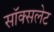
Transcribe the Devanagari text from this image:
सॉक्सलेट